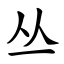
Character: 丛